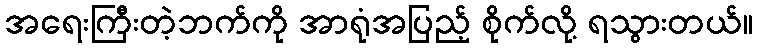
အရေးကြီးတဲ့ဘက်ကို အာရုံအပြည့် စိုက်လို့ ရသွားတယ်။